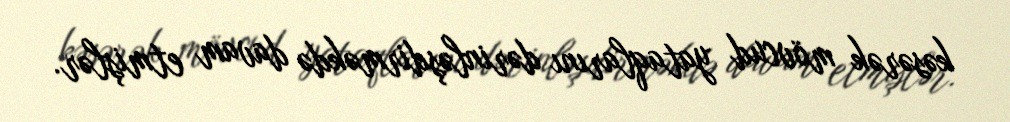
kəsərək mövcud yataqlarını dərinləşdirməkdə davam etmişlər.